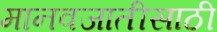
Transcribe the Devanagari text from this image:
मानवजातीसाठी